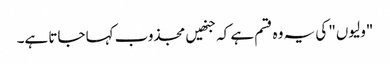
"ولیوں" کی یہ وہ قسم ہے کہ جنھیں مجذوب کہا جاتا ہے۔